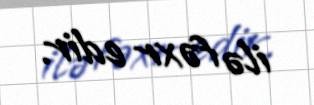
ilə fəxr edir.